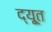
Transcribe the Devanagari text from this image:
द्यू्त